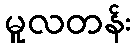
မူလတန်း